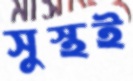
সুস্থই